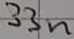
Text: 33n